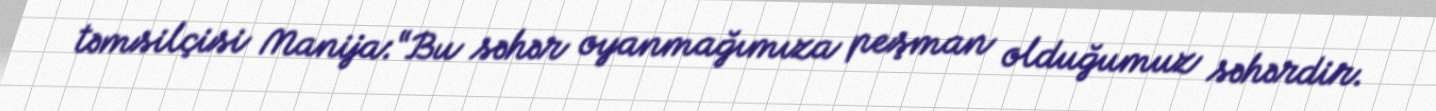
təmsilçisi Manija:“Bu səhər oyanmağımıza peşman olduğumuz səhərdir.